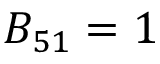
B _ { 5 1 } = 1